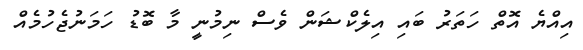
އިއްޔެ އޮތް ހަތަރު ބައި އިލެކްޝަން ވެސް ނިމުނީ މާ ބޮޑު ހަމަނުޖެހުމެއް